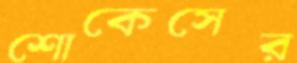
শোকেসের